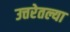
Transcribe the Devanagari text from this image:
उत्तरेतल्या